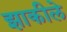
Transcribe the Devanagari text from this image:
झाकीले